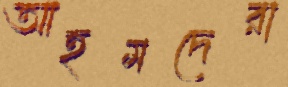
আহমদেরা